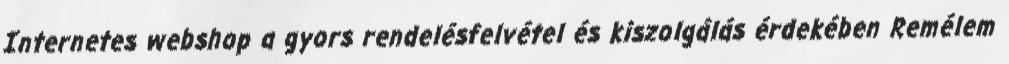
Internetes webshop a gyors rendelésfelvétel és kiszolgálás érdekében Remélem